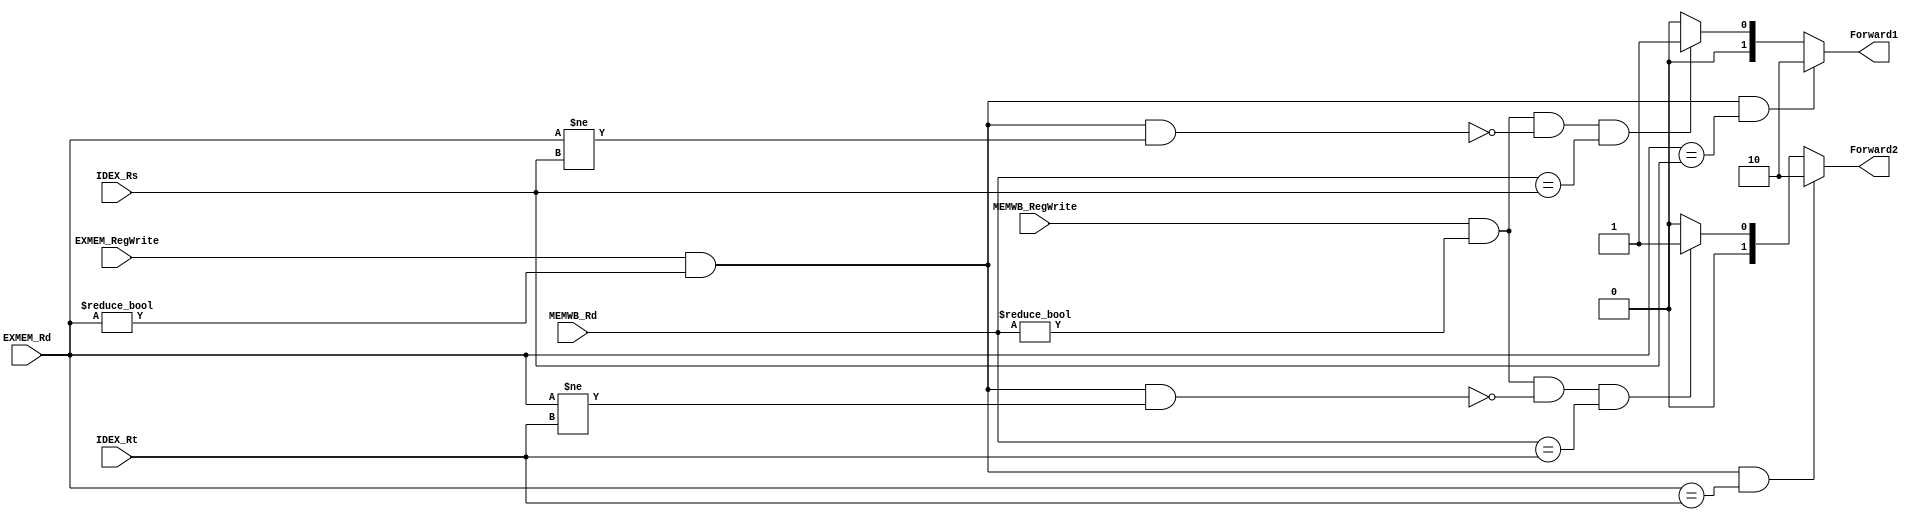
module Forward(EXMEM_RegWrite, MEMWB_RegWrite, EXMEM_Rd, MEMWB_Rd, IDEX_Rs, IDEX_Rt, Forward1, Forward2);
input EXMEM_RegWrite, MEMWB_RegWrite;
input [4:0] EXMEM_Rd, MEMWB_Rd, IDEX_Rs, IDEX_Rt;
output reg [1:0] Forward1,Forward2;
initial begin
    Forward1 = 2'b00;
    Forward2 = 2'b00;
end
always@(*) begin
    Forward1 = 2'b00;
    Forward2 = 2'b00;
    

    if(MEMWB_RegWrite&&(MEMWB_Rd != 0)&& !(EXMEM_RegWrite && (EXMEM_Rd != 0) && (EXMEM_Rd != IDEX_Rs)) && (MEMWB_Rd == IDEX_Rs))
    Forward1 =2'b01;
    if(MEMWB_RegWrite&&(MEMWB_Rd != 0)&& !(EXMEM_RegWrite && (EXMEM_Rd != 0) && (EXMEM_Rd != IDEX_Rt)) && (MEMWB_Rd == IDEX_Rt))
    Forward2 =2'b01;
    
    if(EXMEM_RegWrite&&(EXMEM_Rd!=0)&&(EXMEM_Rd == IDEX_Rs))
    Forward1 = 2'b10;
    if(EXMEM_RegWrite&&(EXMEM_Rd!=0)&&(EXMEM_Rd == IDEX_Rt))
    Forward2 = 2'b10;
end
endmodule